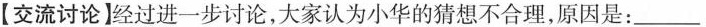
【交流讨论】经过进一步讨论，大家认为小华的猜想不合理，原因是：___